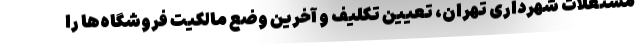
مستغلات شهرداری تهران، تعیین تکلیف و آخرین وضع مالکیت فروشگاه‌ها را